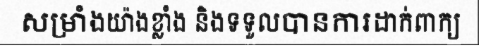
សម្រាំងយ៉ាងខ្លាំង និងទទួលបានការដាក់ពាក្យ